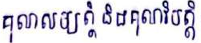
គុណសម្បត្តិ និងគុណវិបត្តិ